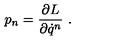
p _ { n } = \frac { \partial L } { \partial \dot { q } ^ { n } } \ .